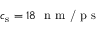
c _ { \mathrm { s } } = 1 8 \ \textrm { n m / p s }